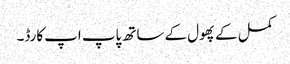
کمل کے پھول کے ساتھ پاپ اپ کارڈ۔